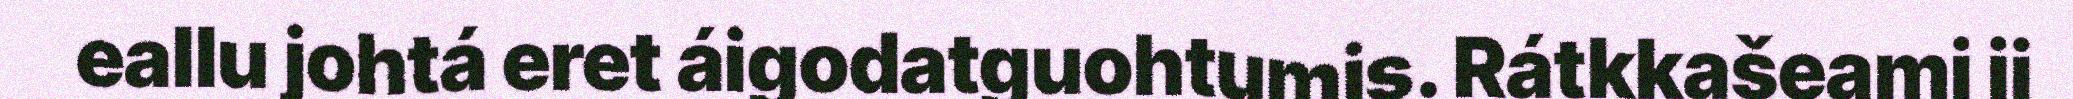
eallu johtá eret áigodatguohtumis. Rátkkašeami ii